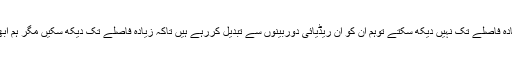
(ہم کشفی دوربینوں کے ذریعے زیادہ فاصلے تک نہیں دیکھ سکتے توہم ان کو ان ریڈیائی دوربینوں سے تبدیل کررہے ہیں تاکہ زیادہ فاصلے تک دیکھ سکیں مگر ہم ابھی تک اپنی حدود کے اندر ہی ہیں''۔